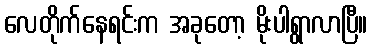
လေတိုက်နေရင်းက အခုတော့ မိုးပါရွာလာပြီ။